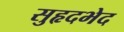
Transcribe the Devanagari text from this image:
सुहृदभेद